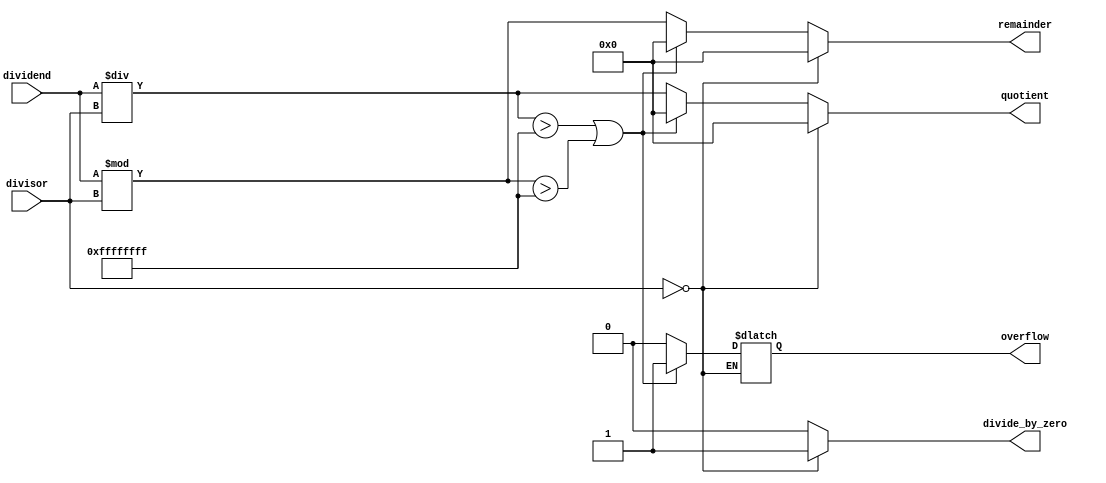
module asynchronous_divider (
    input  wire [31:0] dividend,
    input  wire [31:0] divisor,
    output wire [31:0] quotient,
    output wire [31:0] remainder,
    output reg         divide_by_zero,
    output reg         overflow
);

always @(*) begin
    if (divisor == 0) begin
        divide_by_zero = 1;
        quotient = 32'h0;
        remainder = 32'h0;
    end 
    else begin
        divide_by_zero = 0;
        quotient = dividend / divisor;
        remainder = dividend % divisor;
        if ((dividend / divisor) > 32'hFFFFFFFF || (dividend % divisor) > 32'hFFFFFFFF) begin
            overflow = 1;
            quotient = 32'h0;
            remainder = 32'h0;
        end 
        else begin
            overflow = 0;
        end
    end
end

endmodule